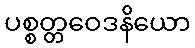
ပစ္စတ္တဝေဒနိယော